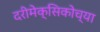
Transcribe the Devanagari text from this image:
दरीमेक्सिकोच्या